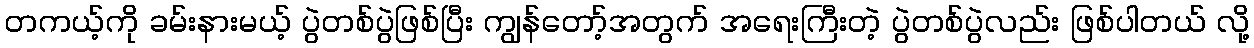
တကယ့်ကို ခမ်းနားမယ့် ပွဲတစ်ပွဲဖြစ်ပြီး ကျွန်တော့်အတွက် အရေးကြီးတဲ့ ပွဲတစ်ပွဲလည်း ဖြစ်ပါတယ် လို့